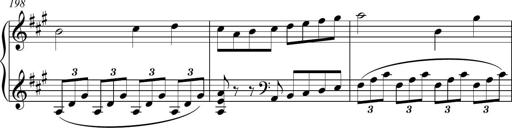
Title: Piano Sonatina in A major
Composer: Z Q Sysmoebius
Key: A major